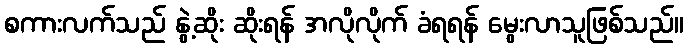
စကားလက်သည် နွဲ့ဆိုး ဆိုးရန် အလိုလိုက် ခံရရန် မွေးလာသူဖြစ်သည်။